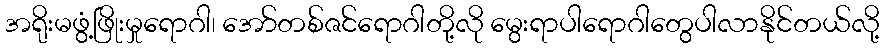
အရိုးမဖွံ့ဖြိုးမှုရောဂါ၊ အော်တစ်ဇင်ရောဂါတို့လို မွေးရာပါရောဂါတွေပါလာနိုင်တယ်လို့